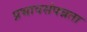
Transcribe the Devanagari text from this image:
प्रभावसंपन्नता